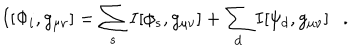
LaTeX: I [ \Phi _ { i } , g _ { \mu \nu } ] = \sum _ { s } I [ \phi _ { s } , g _ { \mu \nu } ] + \sum _ { d } I [ \psi _ { d } , g _ { \mu \nu } ] .